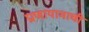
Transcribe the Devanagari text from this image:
प्राणायामाची